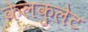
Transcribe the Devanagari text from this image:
केलकुलेट